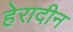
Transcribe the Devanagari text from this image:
हेरादीन